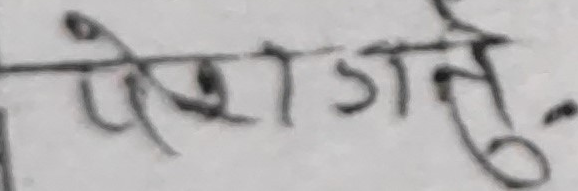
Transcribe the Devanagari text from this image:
पेशा गऱतु.